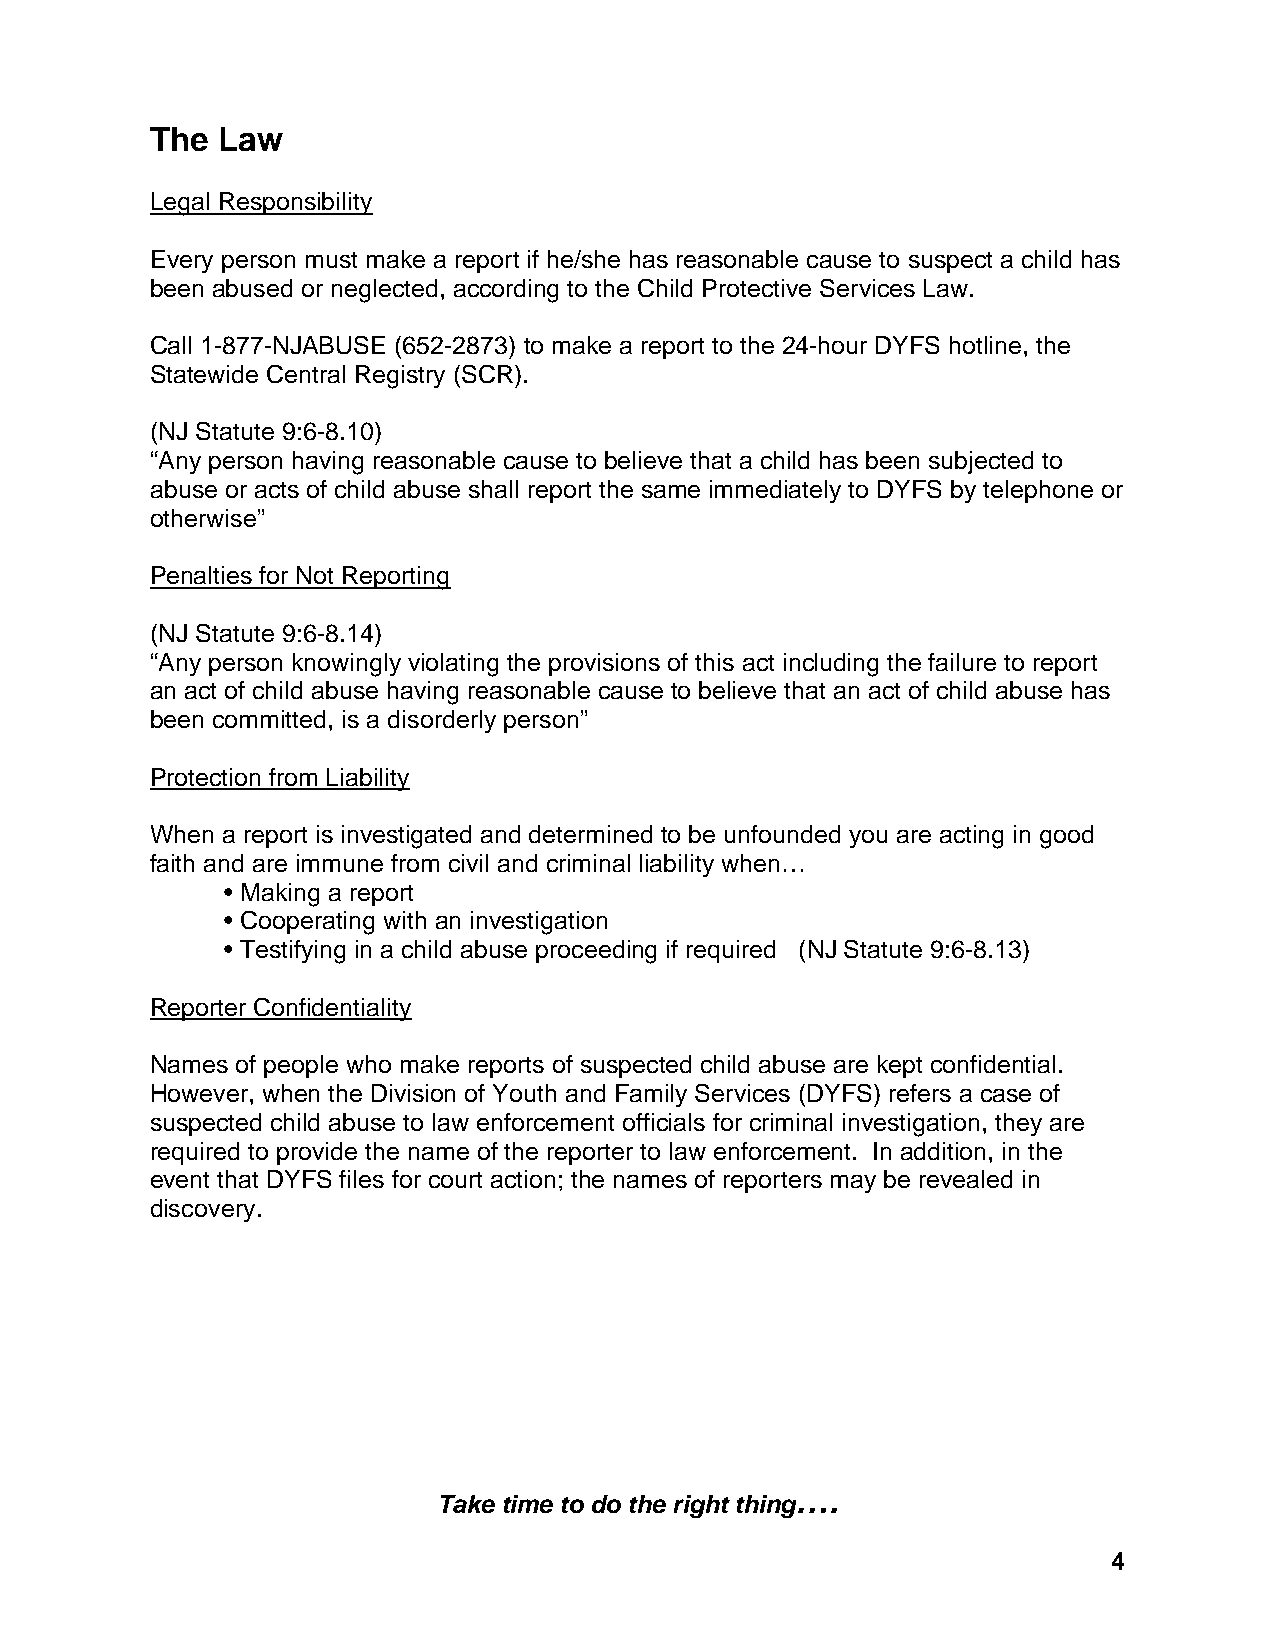
The Law
 Legal Responsibility
 Every person must make a report if he/she has reasonable cause to suspect a child has
 been abused or neglected, according to the Child Protective Services Law.
 Call 1-877-NJABUSE (652-2873) to make a report to the 24-hour DYFS hotline, the
 Statewide Central Registry (SCR).
 (NJ Statute 9:6-8.10)
 “Any person having reasonable cause to believe that a child has been subjected to
 abuse or acts of child abuse shall report the same immediately to DYFS by telephone or
 otherwise”
 Penalties for Not Reporting
 (NJ Statute 9:6-8.14)
 “Any person knowingly violating the provisions of this act including the failure to report
 an act of child abuse having reasonable cause to believe that an act of child abuse has
 been committed, is a disorderly person”
 Protection from Liability
 When a report is investigated and determined to be unfounded you are acting in good
 faith and are immune from civil and criminal liability when…
 • Making a report
 • Cooperating with an investigation
 • Testifying in a child abuse proceeding if required (NJ Statute 9:6-8.13)
 Reporter Confidentiality
 Names of people who make reports of suspected child abuse are kept confidential.
 However, when the Division of Youth and Family Services (DYFS) refers a case of
 suspected child abuse to law enforcement officials for criminal investigation, they are
 required to provide the name of the reporter to law enforcement. In addition, in the
 event that DYFS files for court action; the names of reporters may be revealed in
 discovery.
 ….
 Take time to do the right thing
 4